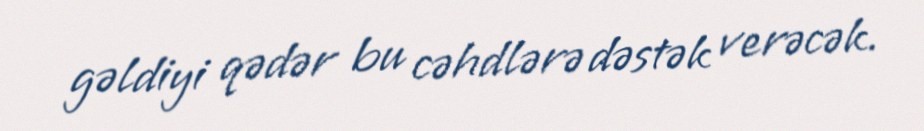
gəldiyi qədər bu cəhdlərə dəstək verəcək.